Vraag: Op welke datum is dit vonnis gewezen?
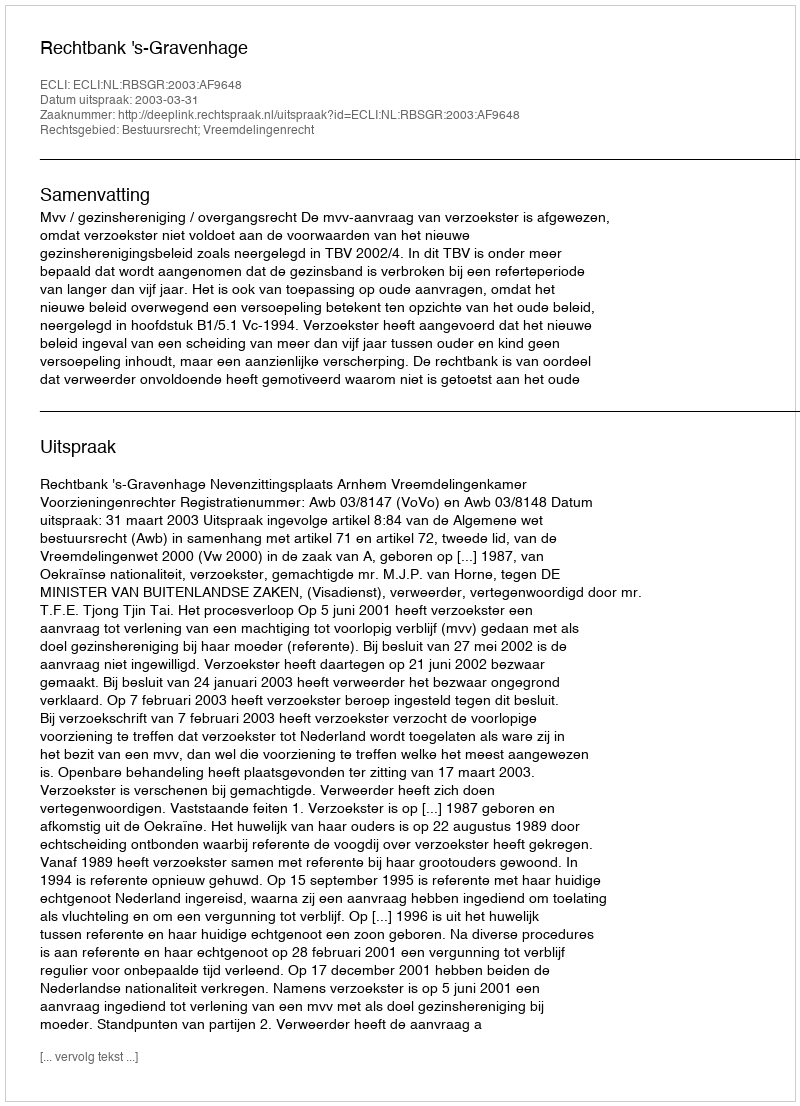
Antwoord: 2003-03-31